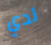
لدي